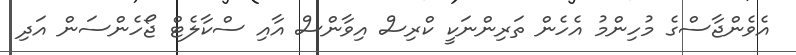
އެވެންޖާސްގެ މުހިންމު އެހެން ތަރިންނަކީ ކްރިސް އިވާންސް އާއި ސްކާލެޓް ޖޯހެންސަން އަދި